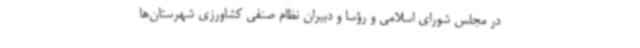
در مجلس شورای اسلامی و رؤسا و دبیران نظام صنفی کشاورزی شهرستان‌ها